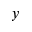
y